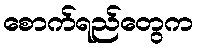
စောက်ရည်တွေက